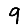
Digit: 9